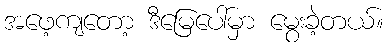
အဖေ့ကျတော့ ဒီမြေပေါ်မှာ မွေးခဲ့တယ်။